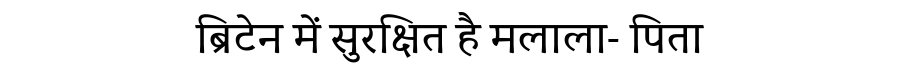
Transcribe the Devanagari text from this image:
ब्रिटेन में सुरक्षित है मलाला- पिता